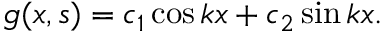
g ( x , s ) = c _ { 1 } \cos k x + c _ { 2 } \sin k x .